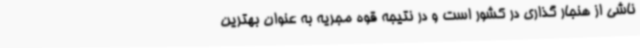
ناشی از هنجار گذاری در کشور است و در نتیجه قوه مجریه به عنوان بهترین